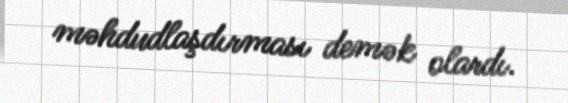
məhdudlaşdırması demək olardı.